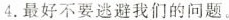
4.最好不要逃避我们的问题。